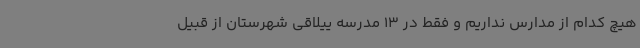
هیچ کدام از مدارس نداریم و فقط در 13 مدرسه ییلاقی شهرستان از قبیل